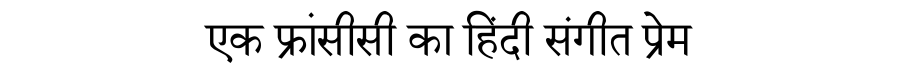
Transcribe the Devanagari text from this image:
एक फ्रांसीसी का हिंदी संगीत प्रेम